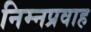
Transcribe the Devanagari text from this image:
निम्नप्रवाह